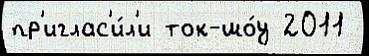
пр'иглас'и́л'и ток-шо́у 2011